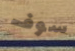
سوف